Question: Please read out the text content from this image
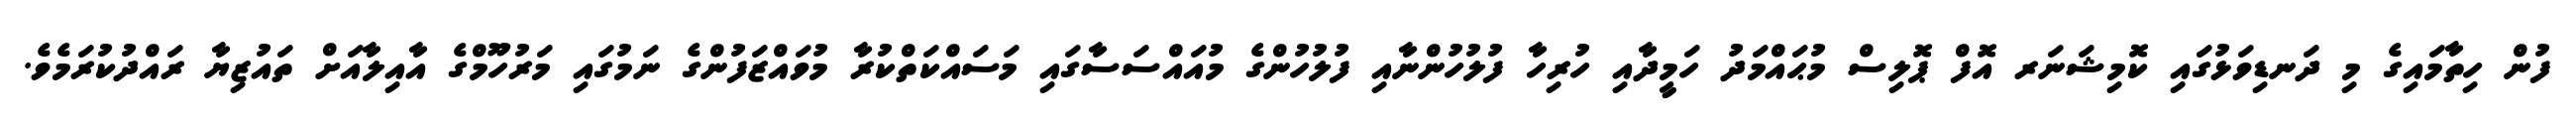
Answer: ފުން ހިތާމައިގެ މި ދަނޑިވަޅުގައި ކޮމިޝަނަރ އޮފް ޕޮލިސް މުޙައްމަދު ހަމީދާއި ހުރިހާ ފުލުހުންނާއި ފުލުހުންގެ މުއައްސަސާގައި މަސައްކަތްކުރާ މުވައްޒަފުންގެ ނަމުގައި މަރުހޫމްގެ އާއިލާއަށް ތައުޒިޔާ ރައްދުކުރަމެވެ.